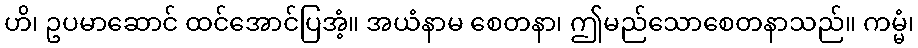
ဟိ၊ ဥပမာဆောင် ထင်အောင်ပြအံ့။ အယံနာမ စေတနာ၊ ဤမည်သောစေတနာသည်။ ကမ္မံ၊